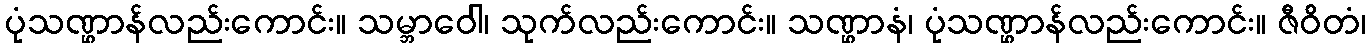
ပုံသဏ္ဌာန်လည်းကောင်း။ သမ္ဘာဝေါ၊ သုက်လည်းကောင်း။ သဏ္ဌာနံ၊ ပုံသဏ္ဌာန်လည်းကောင်း။ ဇီဝိတံ၊